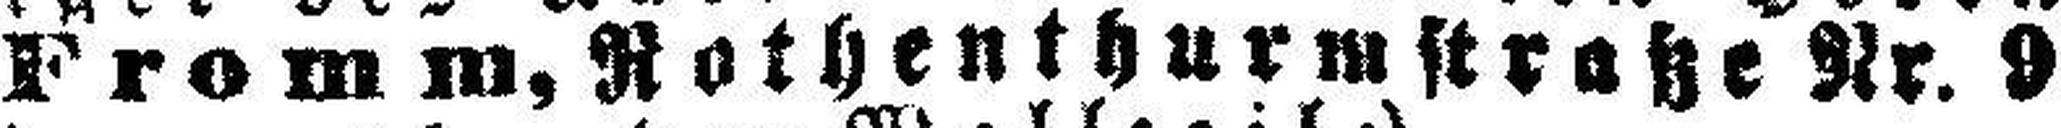
Philipp Fromm, Rothenthurmstraße Nr. 9